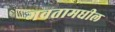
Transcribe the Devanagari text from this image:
गवतामधील